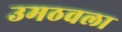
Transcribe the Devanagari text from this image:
उमठवला